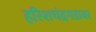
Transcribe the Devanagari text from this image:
हरिशचंद्रगडावर